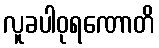
လူခပါဝုရဏောတိ